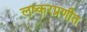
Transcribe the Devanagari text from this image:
लष्करप्रणीत